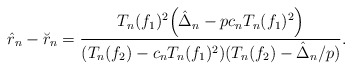
\begin{align*} \hat r_n - \breve r_n = \frac{T_{n}(f_1)^2\Big(\hat \Delta_n - pc_nT_{n}(f_1)^2\Big)}{(T_{n}(f_2)-c_nT_{n}(f_1)^2)(T_{n}(f_2)-\hat \Delta_n /p)}.\end{align*}